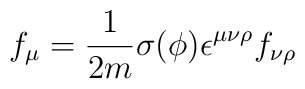
f_{\mu } = \frac{1}{2 m } \sigma (\phi ) \epsilon^{\mu \nu \rho } f_{\nu\rho }